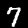
Digit: 7